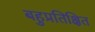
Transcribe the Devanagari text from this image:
बहुप्रतिक्षित